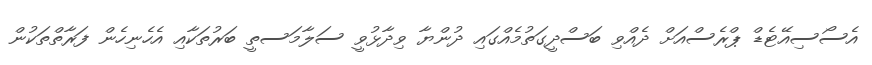
އެސޯސިއޭޓެޑް ޕްރެސްއަށް ދެއްވި ބަސްދީގަތުމެއްގައި ދުންޔާ ވިދާޅުވީ ސަލާމަސތީ ބަރުތަކާއި އެހެނިހެން ފަރާތްތަކުން